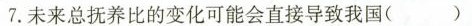
7.未来总抚养比的变化可能会直接导致我国（）